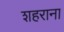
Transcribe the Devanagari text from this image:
शहराना